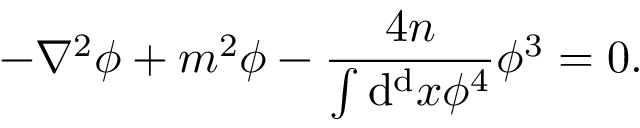
- \nabla ^ { 2 } \phi + m ^ { 2 } \phi - { \frac { 4 n } { \int \mathrm { d ^ { d } } x \phi ^ { 4 } } } \phi ^ { 3 } = 0 .